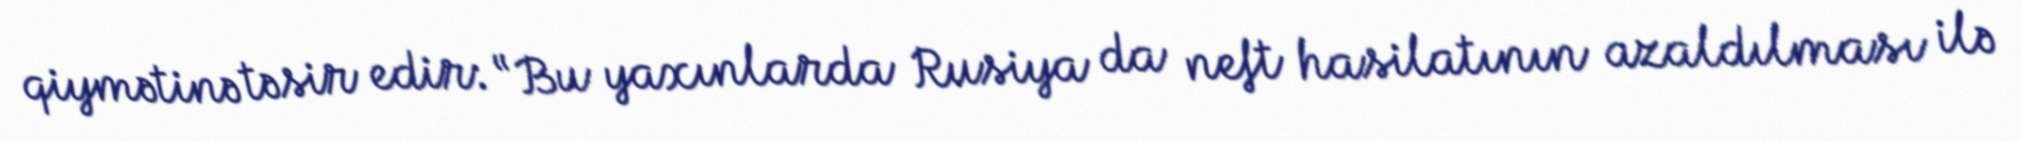
qiymətinə təsir edir: “Bu yaxınlarda Rusiya da neft hasilatının azaldılması ilə